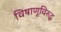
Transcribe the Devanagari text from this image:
विषाणूविरुद्ध